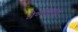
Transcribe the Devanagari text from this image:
वैष्णवाचा